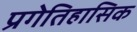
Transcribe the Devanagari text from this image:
प्रगेतिहासिक